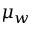
\mu _ { w }